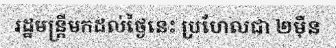
រដ្ឋមន្ត្រីមកដល់ថ្ងៃនេះ ប្រហែលជា ២ម៉ឺន